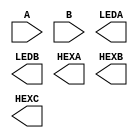
module comparator(A, B, LEDA, LEDB, HEXA, HEXB, HEXC);
	input [3:0] A, B;
	output [3:0] LEDA, LEDB;
	output [6:0] HEXA, HEXB, HEXC;

	// Please write down your code!



endmodule